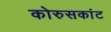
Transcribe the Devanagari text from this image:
कोरुसकांट